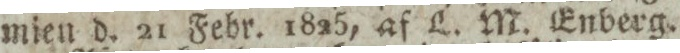
mien d. 21 Febr. 1825, af L. M. Enberg.